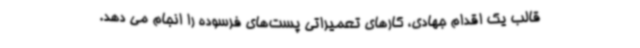
قالب یک اقدام جهادی، کارهای تعمیراتی پست‌های فرسوده را انجام می دهد.